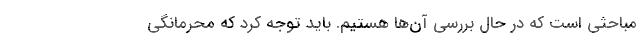
مباحثی است که در حال بررسی آن‌ها هستیم. باید توجه کرد که محرمانگی